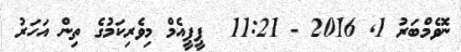
ނޮވެމްބަރު 1